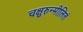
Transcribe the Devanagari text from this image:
चक्षुरुन्मीलितं